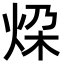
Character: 𪸨